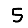
Digit: 5